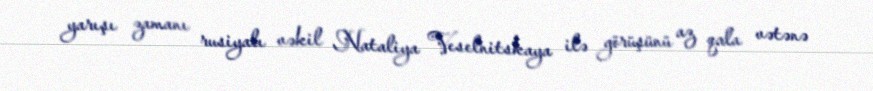
yarışı zamanı rusiyalı vəkil Nataliya Veselnitskaya ilə görüşünü az qala vətənə